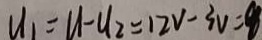
u _ { 1 } = u - u _ { 2 } = 1 2 V - 3 v = 9